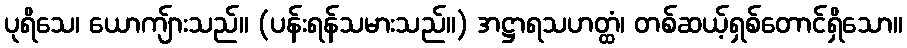
ပုရိသေ၊ ယောကျ်ားသည်။ (ပန်းရန်သမားသည်။) အဋ္ဌာရသဟတ္ထံ၊ တစ်ဆယ့်ရှစ်တောင်ရှိသော။